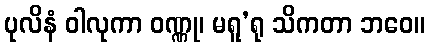
ပုလိနံ ဝါလုကာ ဝဏ္ဏု၊ မရူ’ရု သိကတာ ဘဝေ။